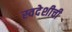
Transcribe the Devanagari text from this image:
स्वदेशीची